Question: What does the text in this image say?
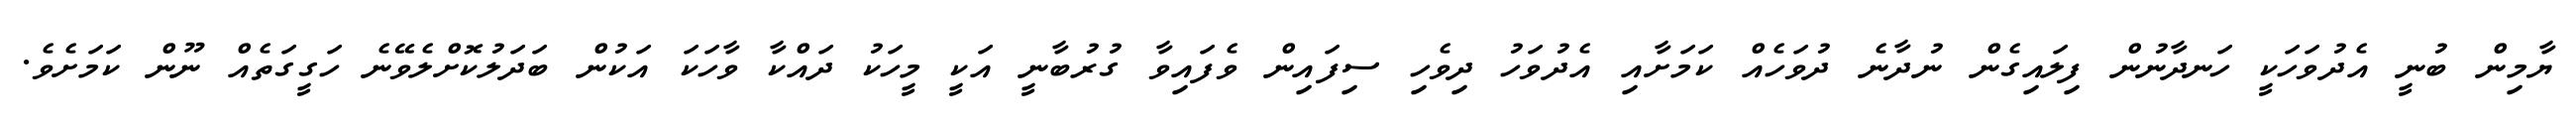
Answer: ޔާމިން ބުނީ އެދުވަހަކީ ހަނދާނުން ފިލައިގެން ނުދާނެ ދުވަހެއް ކަމަށާއި އެދުވަހު ދިވެހި ސިފައިން ވެފައިވާ ގުރުބާނީ އަކީ މީހަކު ދައްކާ ވާހަކަ އަކުން ބަދަލުކޮށްލެވޭނެ ހަގީގަތެއް ނޫން ކަމަށެވެ.